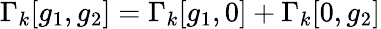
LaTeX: \Gamma_{k}[g_{1},g_{2}]=\Gamma_{k}[g_{1},0]+\Gamma_{k}[0,g_{2}]